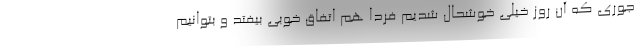
جوری که آن روز خیلی خوشحال شدیم فردا هم اتفاق خوبی بیفتد و بتوانیم